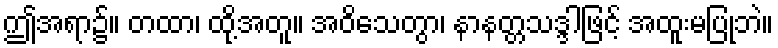
ဤအရာ၌။ တထာ၊ ထို့အတူ။ အဝိသေတွာ၊ နာနတ္တသဒ္ဒါဖြင့် အထူးမပြုဘဲ။